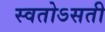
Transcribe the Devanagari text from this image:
स्वतोऽसती